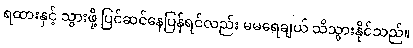
ရထားနှင့် သွားဖို့ ပြင်ဆင်နေပြန်ရင်လည်း မမရေချယ် သိသွားနိုင်သည်။